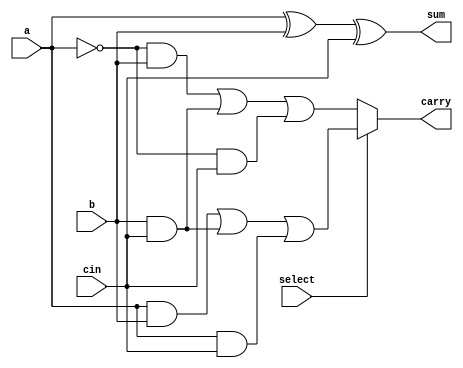
module full_add_sub(
	input a,b,cin,
	input select, //select = 1 -> add, select = 2->sub
	output reg sum,
	output reg carry
);

always@(*)
	begin
		if (select == 1'b1) begin
			sum = a^b^cin;
			carry = ((a&&b) || (b&&cin) || (a&&cin));
			
		end else begin
			sum = a^b^cin;
			carry = (((~a)&&b) || (b&&cin) || ((~a)&&cin));
		end
	end
	
endmodule